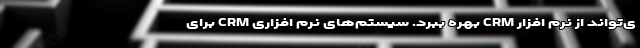
ی‌تواند از نرم ­افزار CRM بهره ببرد. سیستم‌های نرم ­افزاری CRM برای